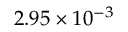
2 . 9 5 \times 1 0 ^ { - 3 }